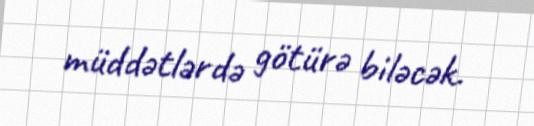
müddətlərdə götürə biləcək.